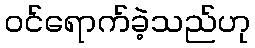
ဝင်ရောက်ခဲ့သည်ဟု